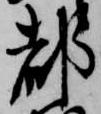
都